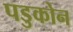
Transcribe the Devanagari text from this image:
पडुकोन